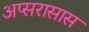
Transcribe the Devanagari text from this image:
अप्सरासास